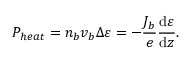
P _ { h e a t } = n _ { b } v _ { b } \Delta \varepsilon = - \frac { J _ { b } } { e } \frac { \mathrm { d } \varepsilon } { \mathrm { d } z } .